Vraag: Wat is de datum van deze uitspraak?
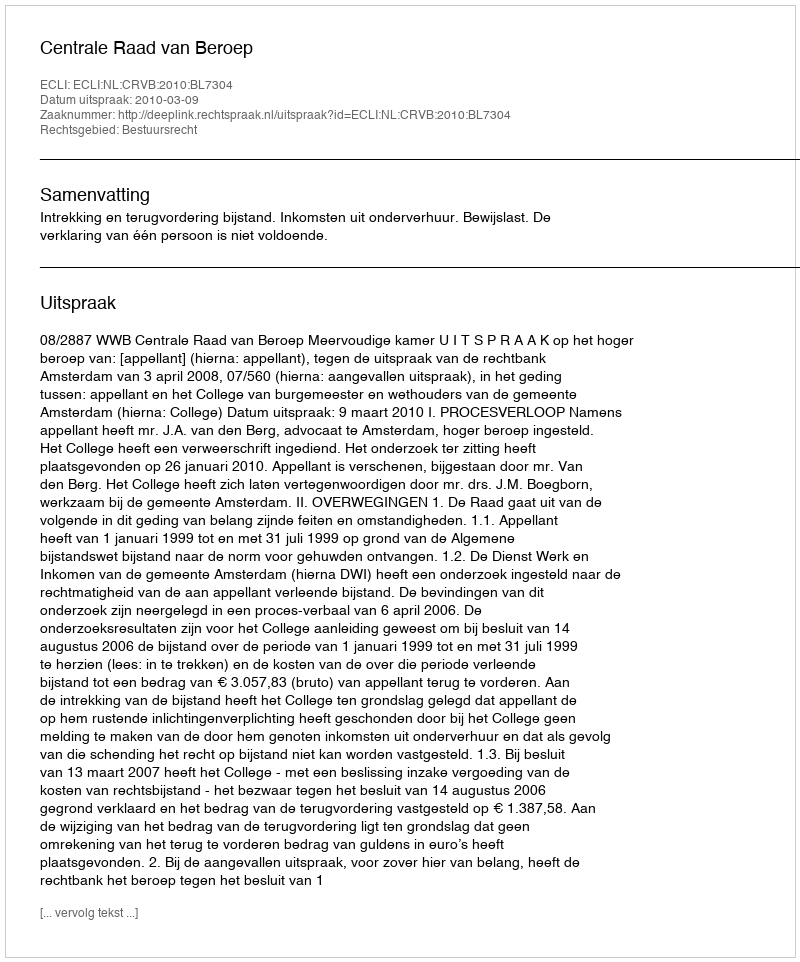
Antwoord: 2010-03-09